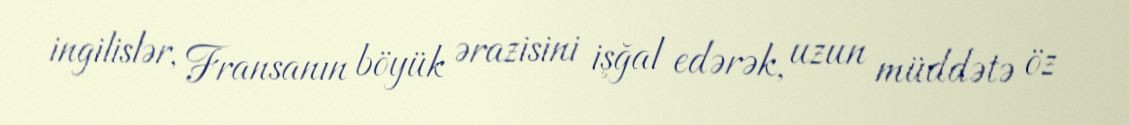
ingilislər, Fransanın böyük ərazisini işğal edərək, uzun müddətə öz